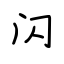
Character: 闪